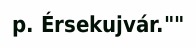
p. Érsekujvár.""